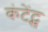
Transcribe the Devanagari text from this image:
कंटेंट्स